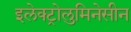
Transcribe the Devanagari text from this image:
इलेक्ट्रोलुमिनेसीन